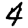
Digit: 4